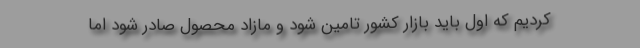
کردیم که اول باید بازار کشور تامین شود و مازاد محصول صادر شود اما